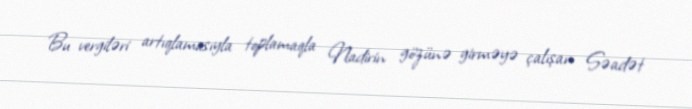
Bu vergiləri artıqlamasıyla toplamaqla Nadirin gözünə girməyə çalışan Səadət